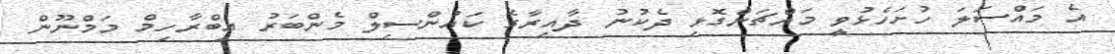
އެ މައްސަލަ ހުށަހެޅުވީ މައްޗަންގޮޅި ދެކުނު ދާއިރާގެ ކައުންސިލް މެންބަރު އިބްރާހިމް މަމްނޫން